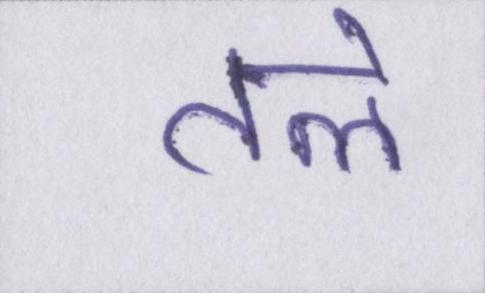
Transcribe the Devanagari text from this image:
तले